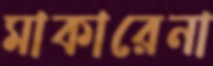
মাকারেনা